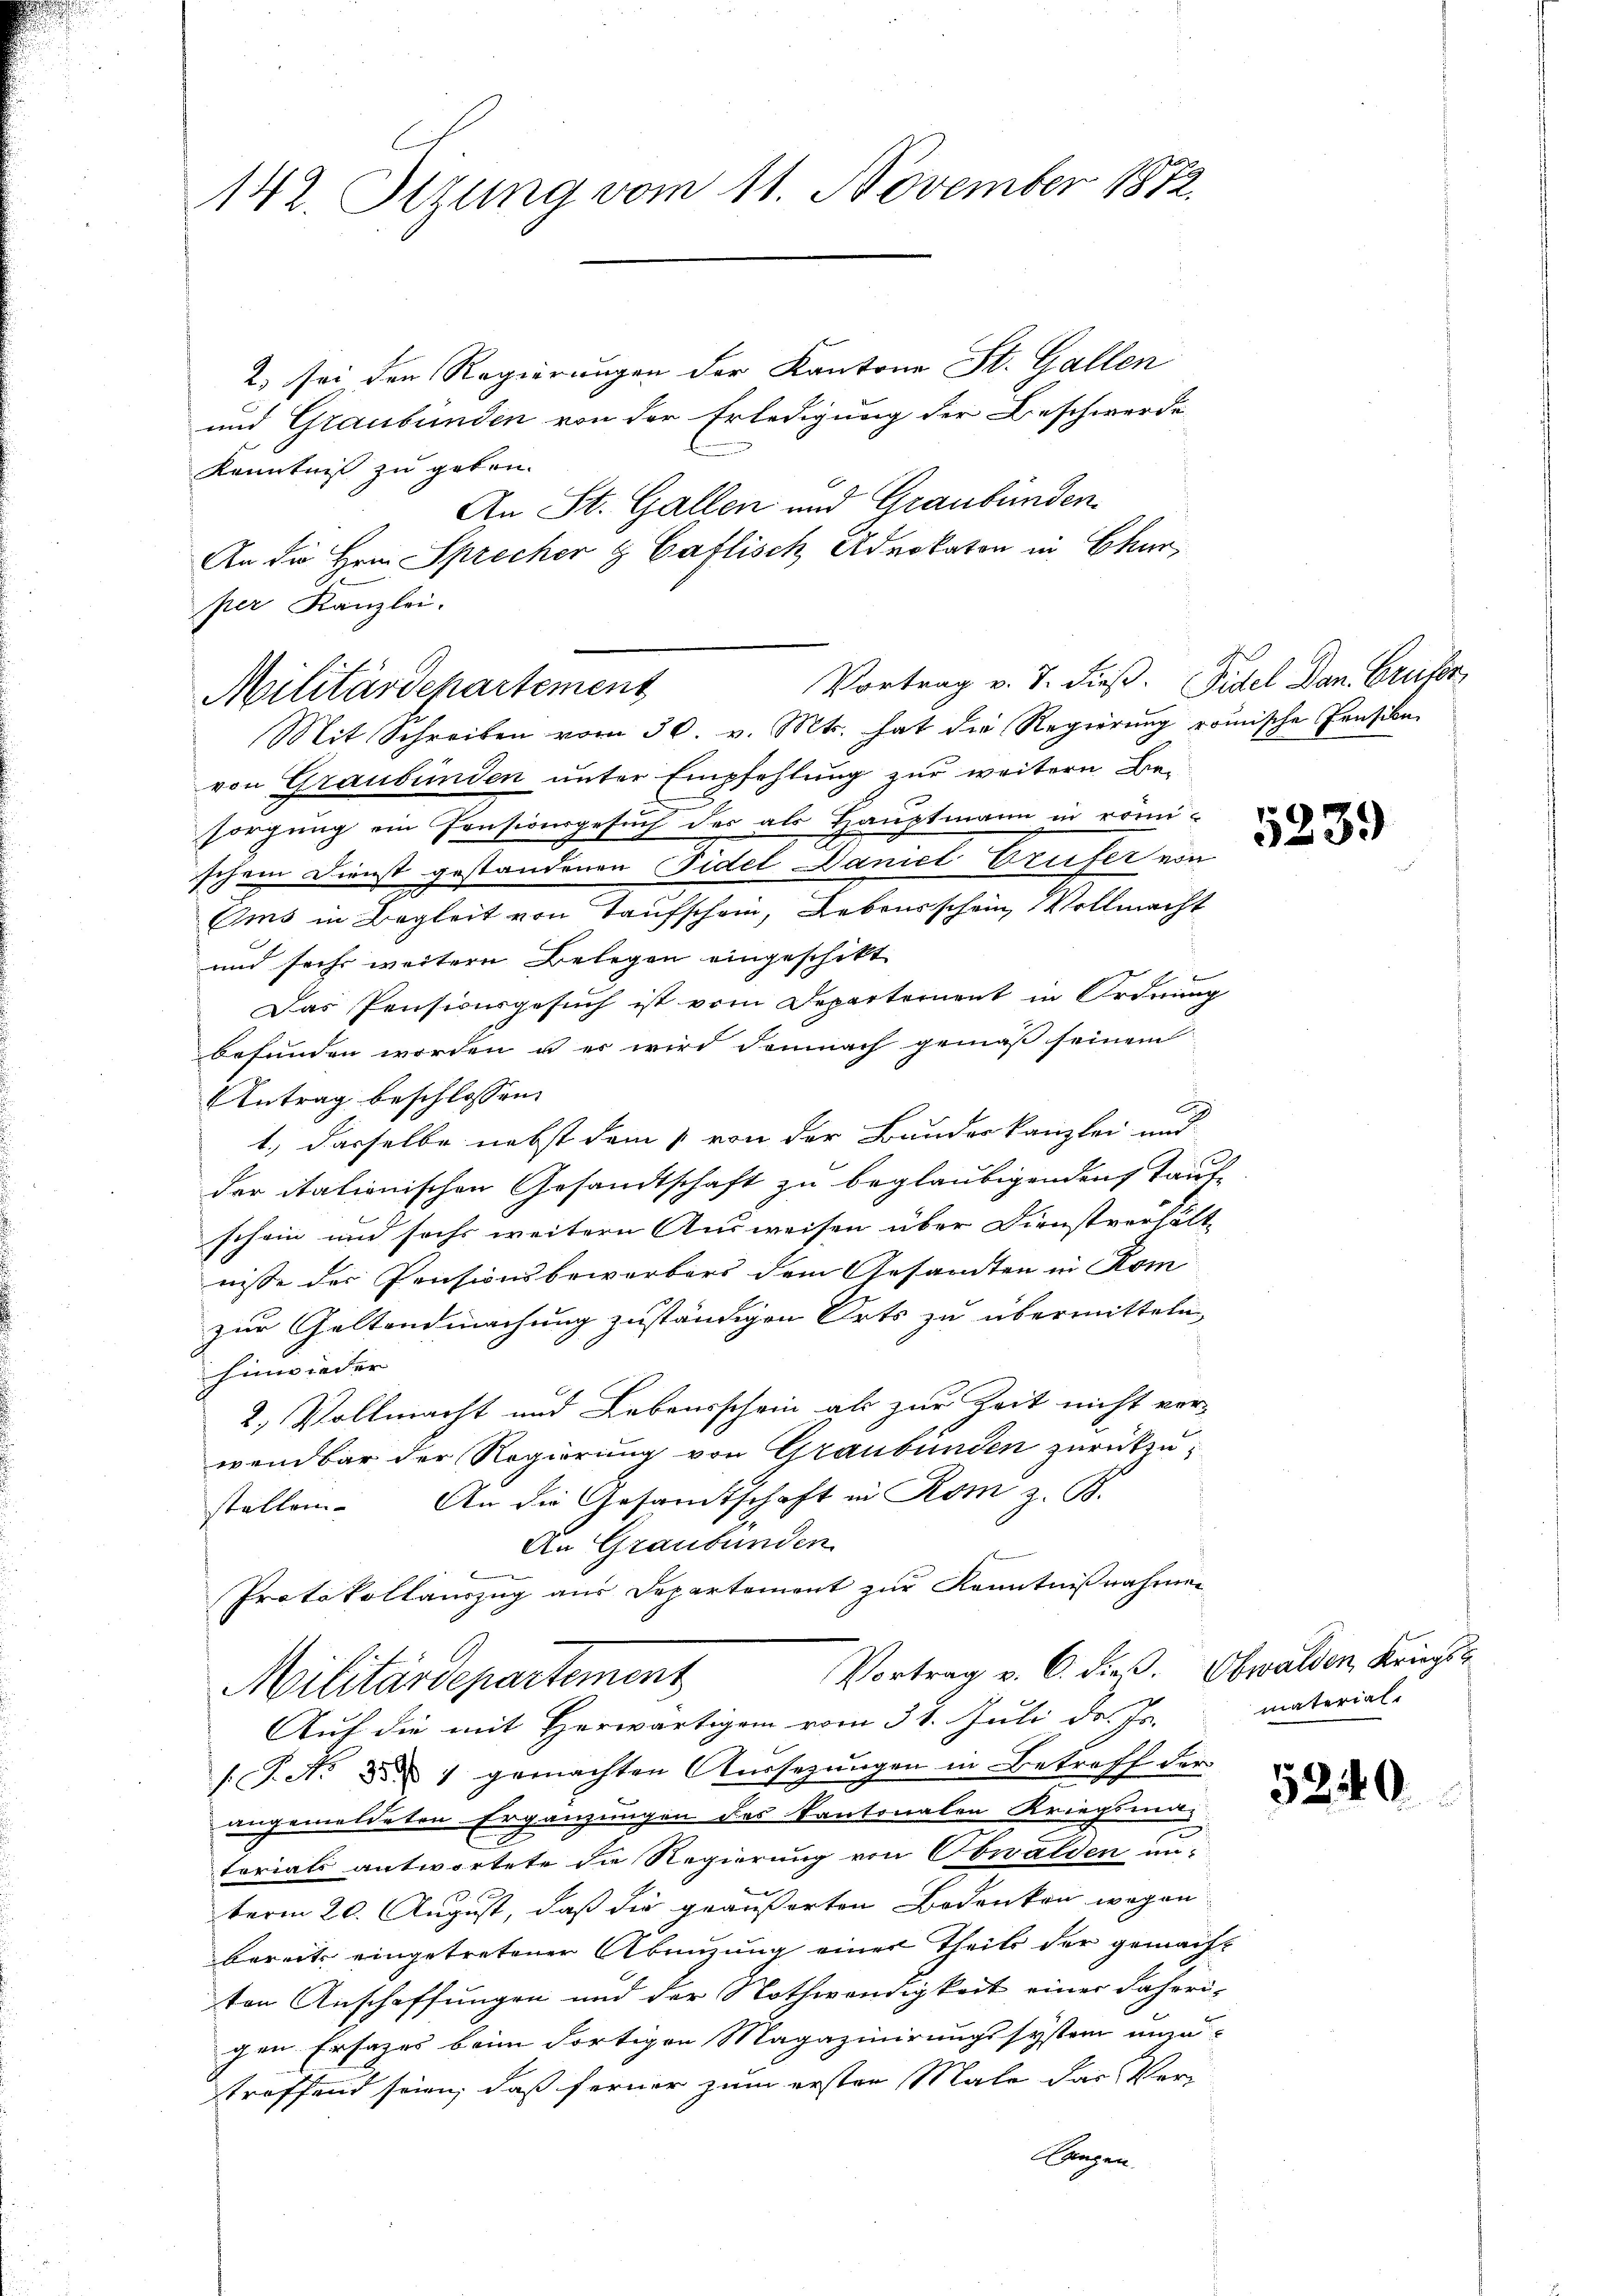
142. Sezung vom 11. November 1872.

2) sei den Regierungen der Kantone St. Gallen
und Graubünden von der Erledigung der Beschwerde
Kenntniß zu geben.
An St. Gallen und Graubünden.
An die Hrn. Sprecher & Caflisch Advokaten in Chur,
per Kanzlei.
Mit Schreiben vom 30. v. Mts. hat die Regierŭng römische Pension
von Graubünden unter Empfehlung zur weitern Be-
sorgung ein Pensionsgesuch der als Hauptmann in römi-
schem Dienst gestandenen Fidel Daniet-Brufer von
Oms in Begleit von Taufschein, Lebensschein, Vollmacht
und sechs weitere Belegen eingeschikt
Das Pensionsgesuch ist vom Departernent in Ordnung
befunden worden u es wird demnach gemäß seinem
Antrag beschlossen:
r
1., dasselbe nebst dem 1 von der Bundeskanzlei und
der itationischen Gesandtschaft zu beglaubigenden Tauf-
schein und sechs weitern Ausweisen über Dienstverhält-
nisse der Pensionsbeworbers dem Gesandten in Kom
zur Geltendmachung zuständigen Orts zu übermitteln
hinwieder
2.) Vollmacht und Lebensschein als zur Zeit nicht verwendbar der Regierung von Graubünden zurückzu-
stellen. An die Gesandtschaft in Rom z. B.
An Graubünden.
Protokollauszug aus Departement zur Kenntnißnahmen
Vortrag v. 6. dieß. Obwalden Kriegs
Militärdepartement
Auf die mit Herwärtigen vom 31. Juli d. Js.
/. P. Nr. d. 1 gemachten Aussezungen in Betreff der
angemeldeten Ergänzungen des kantonalen Kriegsmitorials antwortete die Regierung von Obwalden im-
berm 20. August, daß die geäußerten Bedenken wegen
bereits eingetretener Abeizung einer Theils der gemachten Anschaffungen und der Nothwendigkeit einer daheri-
gen Ersatzes beim dortigen Magazinirungssystem unzu-
troffend seien, daß ferner zum ersten Male das Ver-
Laupen

Vortrag v. 7. dieß. Fidel den Brufes
Militärdepartement

5239

material-

5240.